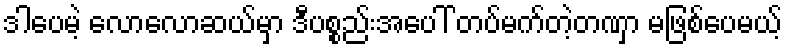
ဒါပေမဲ့ လောလောဆယ်မှာ ဒီပစ္စည်းအပေါ် တပ်မက်တဲ့တဏှာ မဖြစ်ပေမယ့်